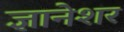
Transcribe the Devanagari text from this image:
ज्ञानेशर